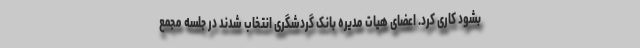
بشود کاری کرد. اعضای هیات مدیره بانک گردشگری انتخاب شدند در جلسه مجمع